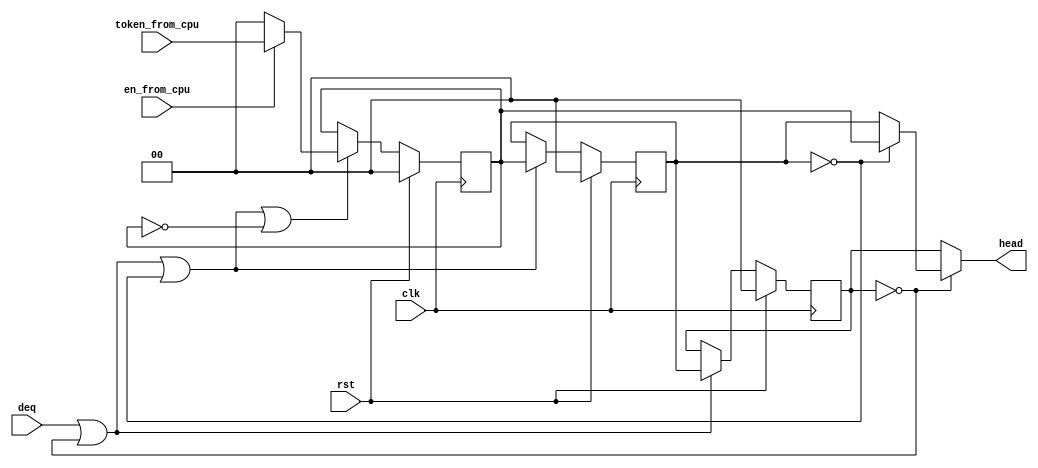
`timescale 1ns / 1ps

/*

fwdqueue.v

Implements a queue for the forwarder module. This is one of the three queues used in
pingpangpungcontroller.v (refer to that file for details) 

*/


module fwdqueue (
	input wire clk,
	input wire rst,

	input wire [1:0] token_from_cpu,
	input wire en_from_cpu,
	input wire deq,
	
	output wire [1:0] head
);

reg [1:0] first = 0, second = 0, third = 0;
wire [1:0] first_n, second_n, third_n;

assign first_n = second;
assign second_n = third;
assign third_n = (en_from_cpu) ? token_from_cpu : 0;

always @(posedge clk) begin
	if (rst) begin
		first = 0;
		second = 0;
		third = 0;
	end else begin
		//This feels like it can be optimized somehow...
		if (deq || (first == 0)) begin
			first <= first_n;
		end
		if (deq || (first == 0) || (second == 0)) begin
			second <= second_n;
		end
		if (deq || (first == 0) || (second == 0) || (third == 0)) begin
			third <= third_n;
		end
	end
end

//Output
assign head = (first == 0) ? ((second == 0) ? third : second) : first;

endmodule